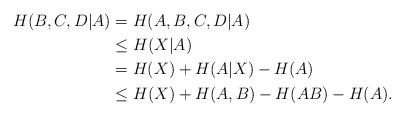
LaTeX: \begin{align*}H(B,C,D|A) &= H(A,B,C,D|A)\\&\leq H(X|A) \\&= H(X) + H(A|X) - H(A) \\&\leq H(X) + H(A,B) - H(AB) - H(A).\end{align*}